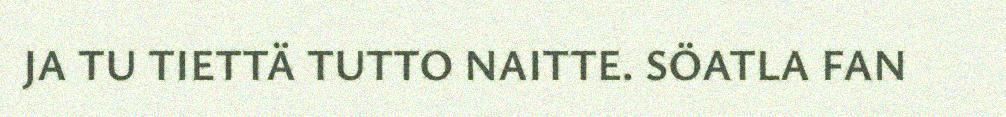
JA TU TIETTÄ TUTTO NAITTE. SÖATLA FAN